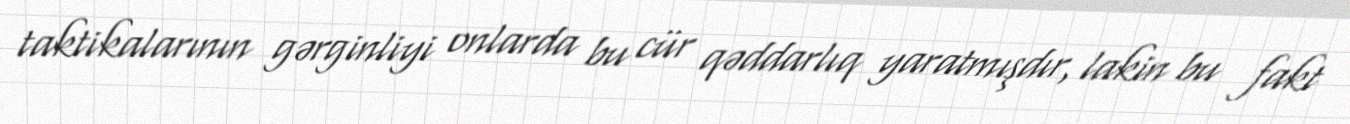
taktikalarının gərginliyi onlarda bu cür qəddarlıq yaratmışdır, lakin bu fakt